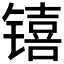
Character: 𬭳